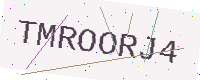
Text: TMROORJ4